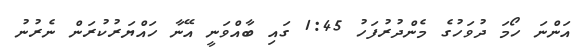
އަންނަ ހޯމަ ދުވަހުގެ މެންދުރުފަހު 1:45 ގައި ބާއްވަނީ އޭނާ ހައްޔަރުކުރަން ނެރުނު